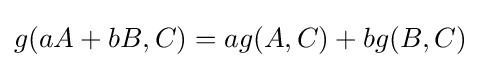
g(aA+bB,C)=ag(A,C)+bg(B,C)